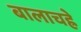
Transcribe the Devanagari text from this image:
बालाचह्रे